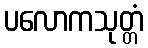
ပလောကသုတ္တံ